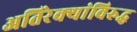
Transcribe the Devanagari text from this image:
अतिरेक्यांविरुद्ध